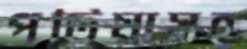
পটিয়াসহ